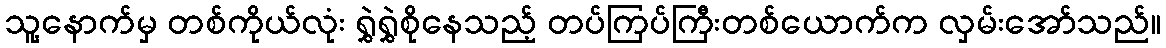
သူ့နောက်မှ တစ်ကိုယ်လုံး ရွှဲရွှဲစိုနေသည့် တပ်ကြပ်ကြီးတစ်ယောက်က လှမ်းအော်သည်။